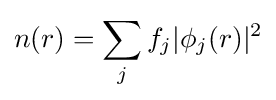
n(r)=\sum _{j}f_{j}\vert \phi _{j}(r)\vert ^{2}